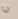
لذا